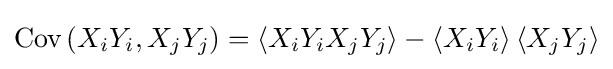
\operatorname {Cov} \left(X_{i}Y_{i},X_{j}Y_{j}\right)=\left\langle X_{i}Y_{i}X_{j}Y_{j}\right\rangle -\left\langle X_{i}Y_{i}\right\rangle \left\langle X_{j}Y_{j}\right\rangle